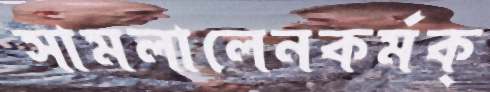
সামলালেনকর্মক্